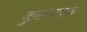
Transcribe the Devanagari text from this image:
जुनागढजवळ